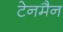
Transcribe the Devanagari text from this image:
टेनमैन